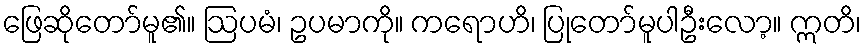
ဖြေဆိုတော်မူ၏။ ဩပမံ၊ ဥပမာကို။ ကရောဟိ၊ ပြုတော်မူပါဦးလော့။ ဣတိ၊